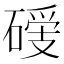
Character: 𥔺